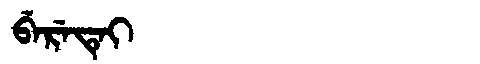
Manchu: ᠪᡝᡵᡝᡨᡝᡳ
Romanization: BERETEI